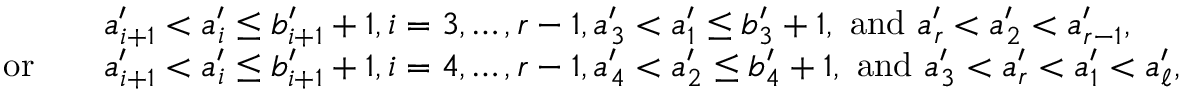
\begin{array} { r l } & { a _ { i + 1 } ^ { \prime } < a _ { i } ^ { \prime } \leq b _ { i + 1 } ^ { \prime } + 1 , i = 3 , \ldots , r - 1 , a _ { 3 } ^ { \prime } < a _ { 1 } ^ { \prime } \leq b _ { 3 } ^ { \prime } + 1 , \mathrm { ~ a n d ~ } a _ { r } ^ { \prime } < a _ { 2 } ^ { \prime } < a _ { r - 1 } ^ { \prime } , } \\ { \mathrm { o r } \quad } & { a _ { i + 1 } ^ { \prime } < a _ { i } ^ { \prime } \leq b _ { i + 1 } ^ { \prime } + 1 , i = 4 , \ldots , r - 1 , a _ { 4 } ^ { \prime } < a _ { 2 } ^ { \prime } \leq b _ { 4 } ^ { \prime } + 1 , \mathrm { ~ a n d ~ } a _ { 3 } ^ { \prime } < a _ { r } ^ { \prime } < a _ { 1 } ^ { \prime } < a _ { \ell } ^ { \prime } , } \end{array}